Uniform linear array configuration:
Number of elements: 32
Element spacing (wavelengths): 0.75
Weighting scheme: uniform
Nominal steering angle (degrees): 45
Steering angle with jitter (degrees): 46.687
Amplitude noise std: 0.05
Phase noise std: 0.05

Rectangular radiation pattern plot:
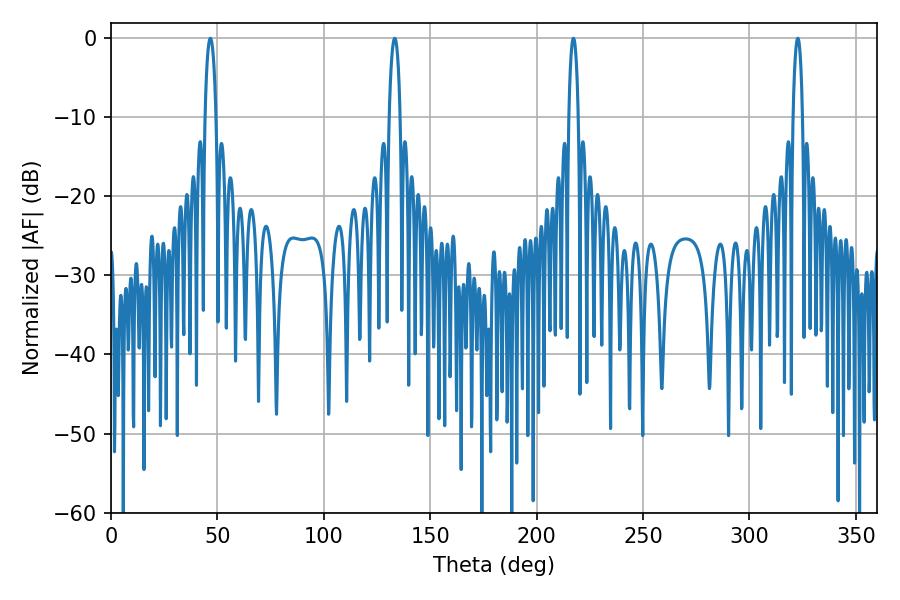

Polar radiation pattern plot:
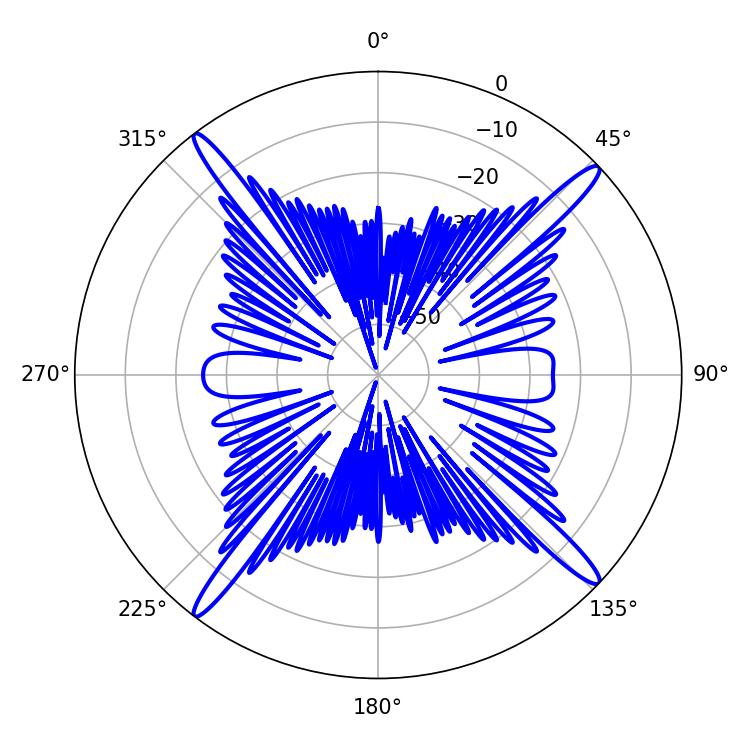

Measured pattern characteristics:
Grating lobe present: TRUE
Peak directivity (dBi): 19.1
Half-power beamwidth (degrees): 2.52
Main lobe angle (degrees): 217.26